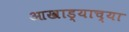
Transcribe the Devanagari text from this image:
आखाड्याच्या